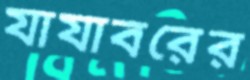
যাযাবরের